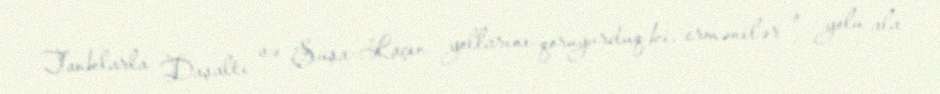
Tanklarla Daşaltı və Şuşa-Laçın yollarını qoruyurduq ki, ermənilər o yolu ala